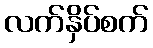
လက်နှိပ်စက်